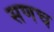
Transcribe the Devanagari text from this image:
सणच